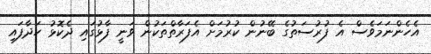
އެހެންނަމަވެސް އެ ފުރުސަތުގެ ބޭނުން ކުރުމަށް އެފަރާތްތަކުން ވަނީ ފާޅުގައި ދެކޮޅު ހަދާފައި